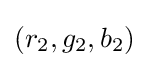
(r_{2},g_{2},b_{2})